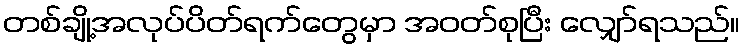
တစ်ချို့အလုပ်ပိတ်ရက်တွေမှာ အဝတ်စုပြီး လျှော်ရသည်။